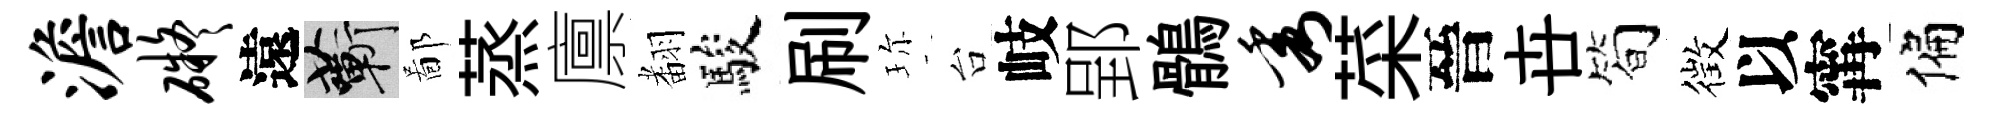
澹碍遠蔪鄙蒸廪𮋒駿刷珎台岐郢鶻秀菜晉卋简徴以𡩋偏